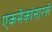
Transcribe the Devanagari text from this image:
एकमेकांसारखे